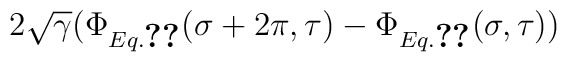
2\sqrt\gamma(\Phi_{Eq.\ref{4.1}}(\sigma+2\pi,\tau) -\Phi_{Eq.\ref{4.1}}(\sigma,\tau))